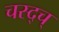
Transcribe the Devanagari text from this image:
चस्द्च्